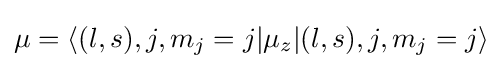
\mu =\left\langle (l,s),j,m_{j}=j|\mu _{z}|(l,s),j,m_{j}=j\right\rangle